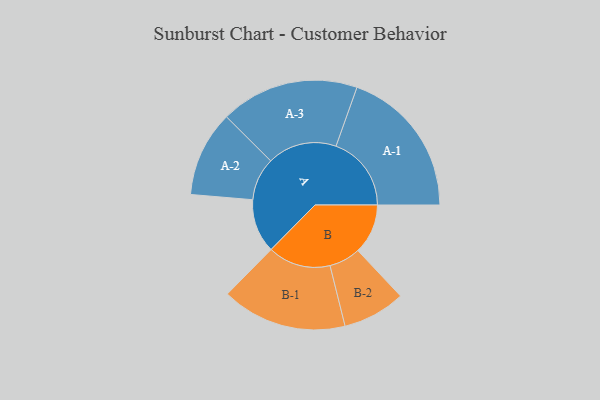
{"axis": {"x": "Segment", "y": "Value"}, "legend": ["", "A", "B"], "data": [{"x": "A", "y": 187, "type": ""}, {"x": "B", "y": 174, "type": ""}, {"x": "A-1", "y": 262, "type": "A"}, {"x": "A-2", "y": 149, "type": "A"}, {"x": "A-3", "y": 241, "type": "A"}, {"x": "B-1", "y": 218, "type": "B"}, {"x": "B-2", "y": 109, "type": "B"}]}